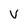
Character: V